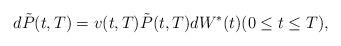
LaTeX: \begin{align*}d\tilde{P}(t,T)=v(t,T)\tilde{P}(t,T)dW^*(t)(0\le t\le T),\end{align*}